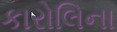
કારોલિના